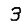
Digit: 3